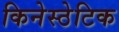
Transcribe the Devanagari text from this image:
किनेस्ठेटिक